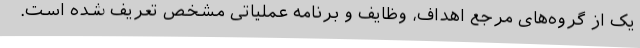
یک از گروه‌های مرجع اهداف، وظایف و برنامه عملیاتی مشخص تعریف شده است.